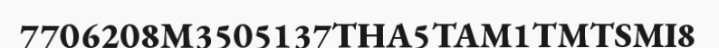
7706208M3505137THA5TAM1TMTSMI8